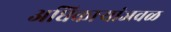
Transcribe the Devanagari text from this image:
अधिकाऱ्यांजवळ